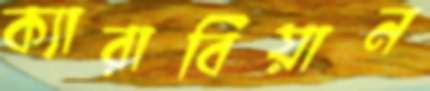
ক্যারাবিয়ান